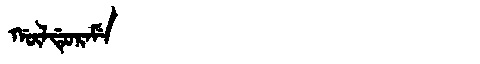
Manchu: ᡤᡡᠯᡩᡠᡵᠠᠮᡝ
Romanization: GŪLDURAME